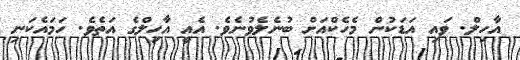
އާހިލް. ވައި އަޑަކުން މެހެކްއަށް ބުނެލެވުނެވެ. އެއީ އާހިލްގެ އަތެވެ. ހަމައެކަނި